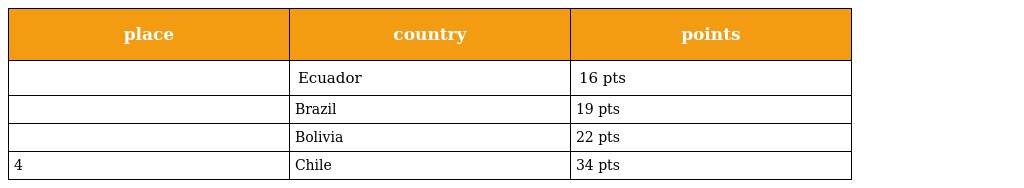
| place | country | points |
 | --- | --- | --- |
 |  | Ecuador | 16 pts |
 |  | Brazil | 19 pts |
 |  | Bolivia | 22 pts |
 | 4 | Chile | 34 pts |